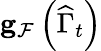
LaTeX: \mathbf{g}_{\mathcal{F}}\left(\widehat{\Gamma}_{t}\right)